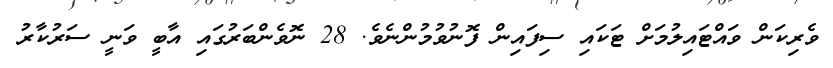
ވެރިކަން ވައްޓައިލުމަށް ޓަކައި ސިފައިން ފޮނުވުމުންނެވެ. 28 ނޮވެންބަރުގައި އާބީ ވަނީ ސަރުކާރު